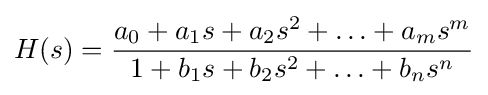
H(s)={\frac {a_{0}+a_{1}s+a_{2}s^{2}+\ldots +a_{m}s^{m}}{1+b_{1}s+b_{2}s^{2}+\ldots +b_{n}s^{n}}}